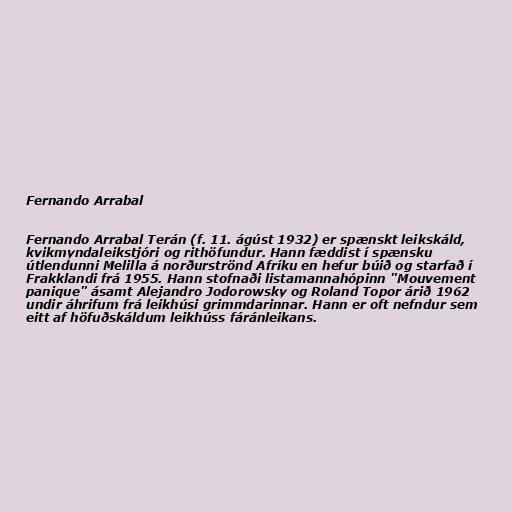
Fernando Arrabal

Fernando Arrabal Terán (f. 11. ágúst 1932) er spænskt leikskáld,
kvikmyndaleikstjóri og rithöfundur. Hann fæddist í spænsku
útlendunni Melilla á norðurströnd Afríku en hefur búið og starfað í
Frakklandi frá 1955. Hann stofnaði listamannahópinn "Mouvement
panique" ásamt Alejandro Jodorowsky og Roland Topor árið 1962
undir áhrifum frá leikhúsi grimmdarinnar. Hann er oft nefndur sem
eitt af höfuðskáldum leikhúss fáránleikans.